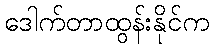
ဒေါက်တာထွန်းနိုင်က